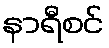
နာရီစင်